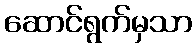
ဆောင်ရွက်မှသာ